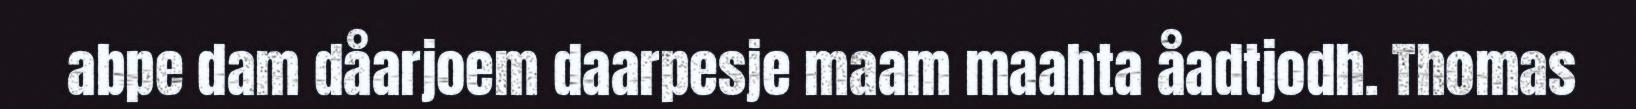
abpe dam dåarjoem daarpesje maam maahta åadtjodh. Thomas